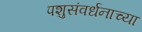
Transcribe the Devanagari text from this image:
पशुसंवर्धनाच्या